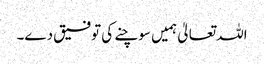
اللہ تعالیٰ ہمیں سوچنے کی توفیق دے۔